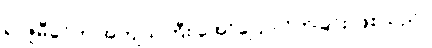
ရာဇူမီခင်က အကျယ်ကြီး အော်ပြောလိုက်ခြင်း ဖြစ်သည်။